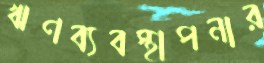
ঋণব্যবস্থাপনার